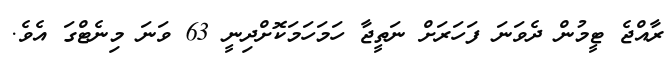
ރާއްޖެ ޓީމުން ދެވަނަ ފަހަރަށް ނަތީޖާ ހަމަހަމަކޮށްދިނީ 63 ވަނަ މިނެޓްގަ އެވެ.